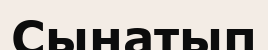
Сынатып